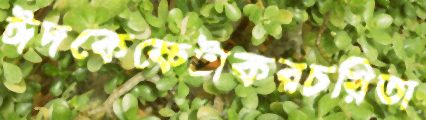
ঈদকেফেটাকরচয়িতা